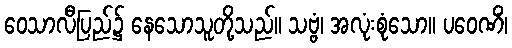
ဝေသာလီပြည်၌ နေသောသူတို့သည်။ သဗ္ဗံ၊ အလုံးစုံသော။ ပဝေဏိံ၊